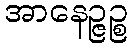
အာနေဉ္ဇဉ္စ